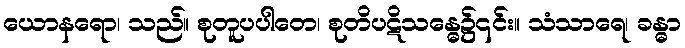
ယောနရော၊ သည်။ စုတူပပါတေ၊ စုတိပဋိသန္ဓေ၌၎င်း။ သံသာရေ၊ ခန္ဓာ